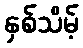
နှစ်သိမ့်